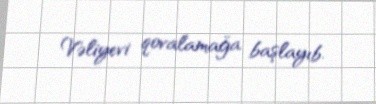
Vəliyevi qovalamağa başlayıb.